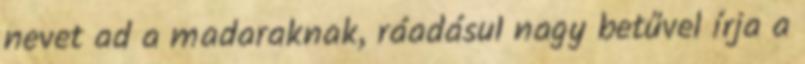
nevet ad a madaraknak, ráadásul nagy betűvel írja a